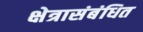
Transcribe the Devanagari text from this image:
क्षेत्रासंबंधित